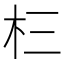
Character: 㭅